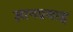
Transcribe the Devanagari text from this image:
ज्ञानप्रवाह